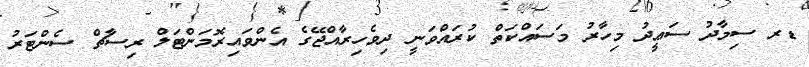
ޑރ ސިމާދު ސަޢީދު މިހާރު މަސައްކަތް ކުރައްވަނީ ދިވެހިރާއްޖޭގެ އެންވައިރޮމަންޓަލް ރިސާޗް ސެންޓަރު